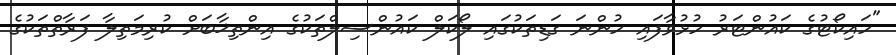
"ހައިކޯޓުގެ ކައުންޓަރު ހުޅުވާފައި ހުންނަ ގަޑިތަކުގައި ލޯކަލް ކައުންސިލްތަކުގެ އިންތިޚާބަށް ކުރިމަތިލާ ފަރާތްތަކުގެ